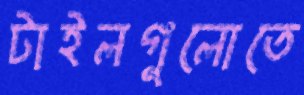
টাইলগুলোতে